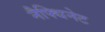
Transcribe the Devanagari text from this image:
नैफ्थिनेट